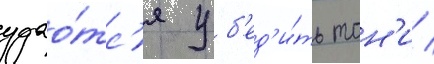
удао́тс'я уб'ед'и́ть тон'и /